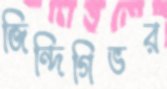
জিন্দিগিভর